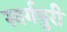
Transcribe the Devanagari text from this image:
स्वर्गपुरी